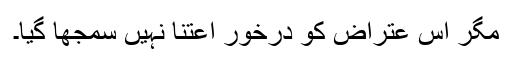
مگر اس عتراض کو درخور اعتنا نہیں سمجھا گیا۔